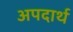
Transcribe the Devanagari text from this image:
अपदार्थ